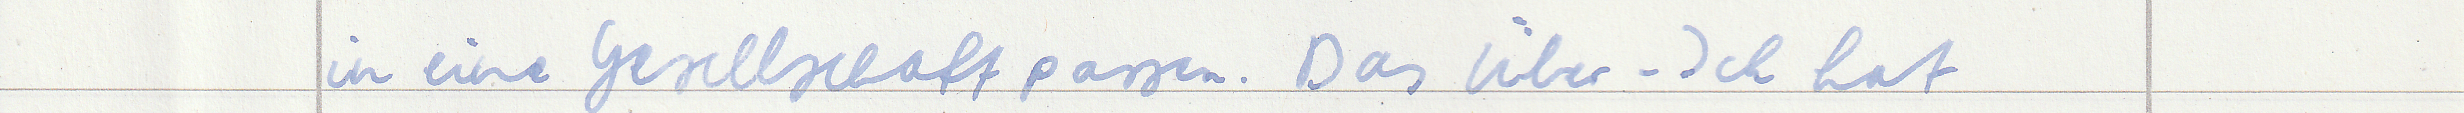
in eine Gesellschaft passen. Das Über-Ich hat